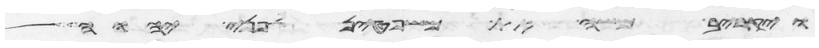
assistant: ויקרב משה את משפטן לפני יהוה